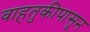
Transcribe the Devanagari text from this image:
वाहतुकीपासून